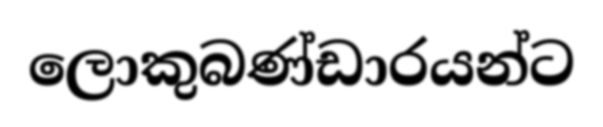
ලොකුබණ්ඩාරයන්ට